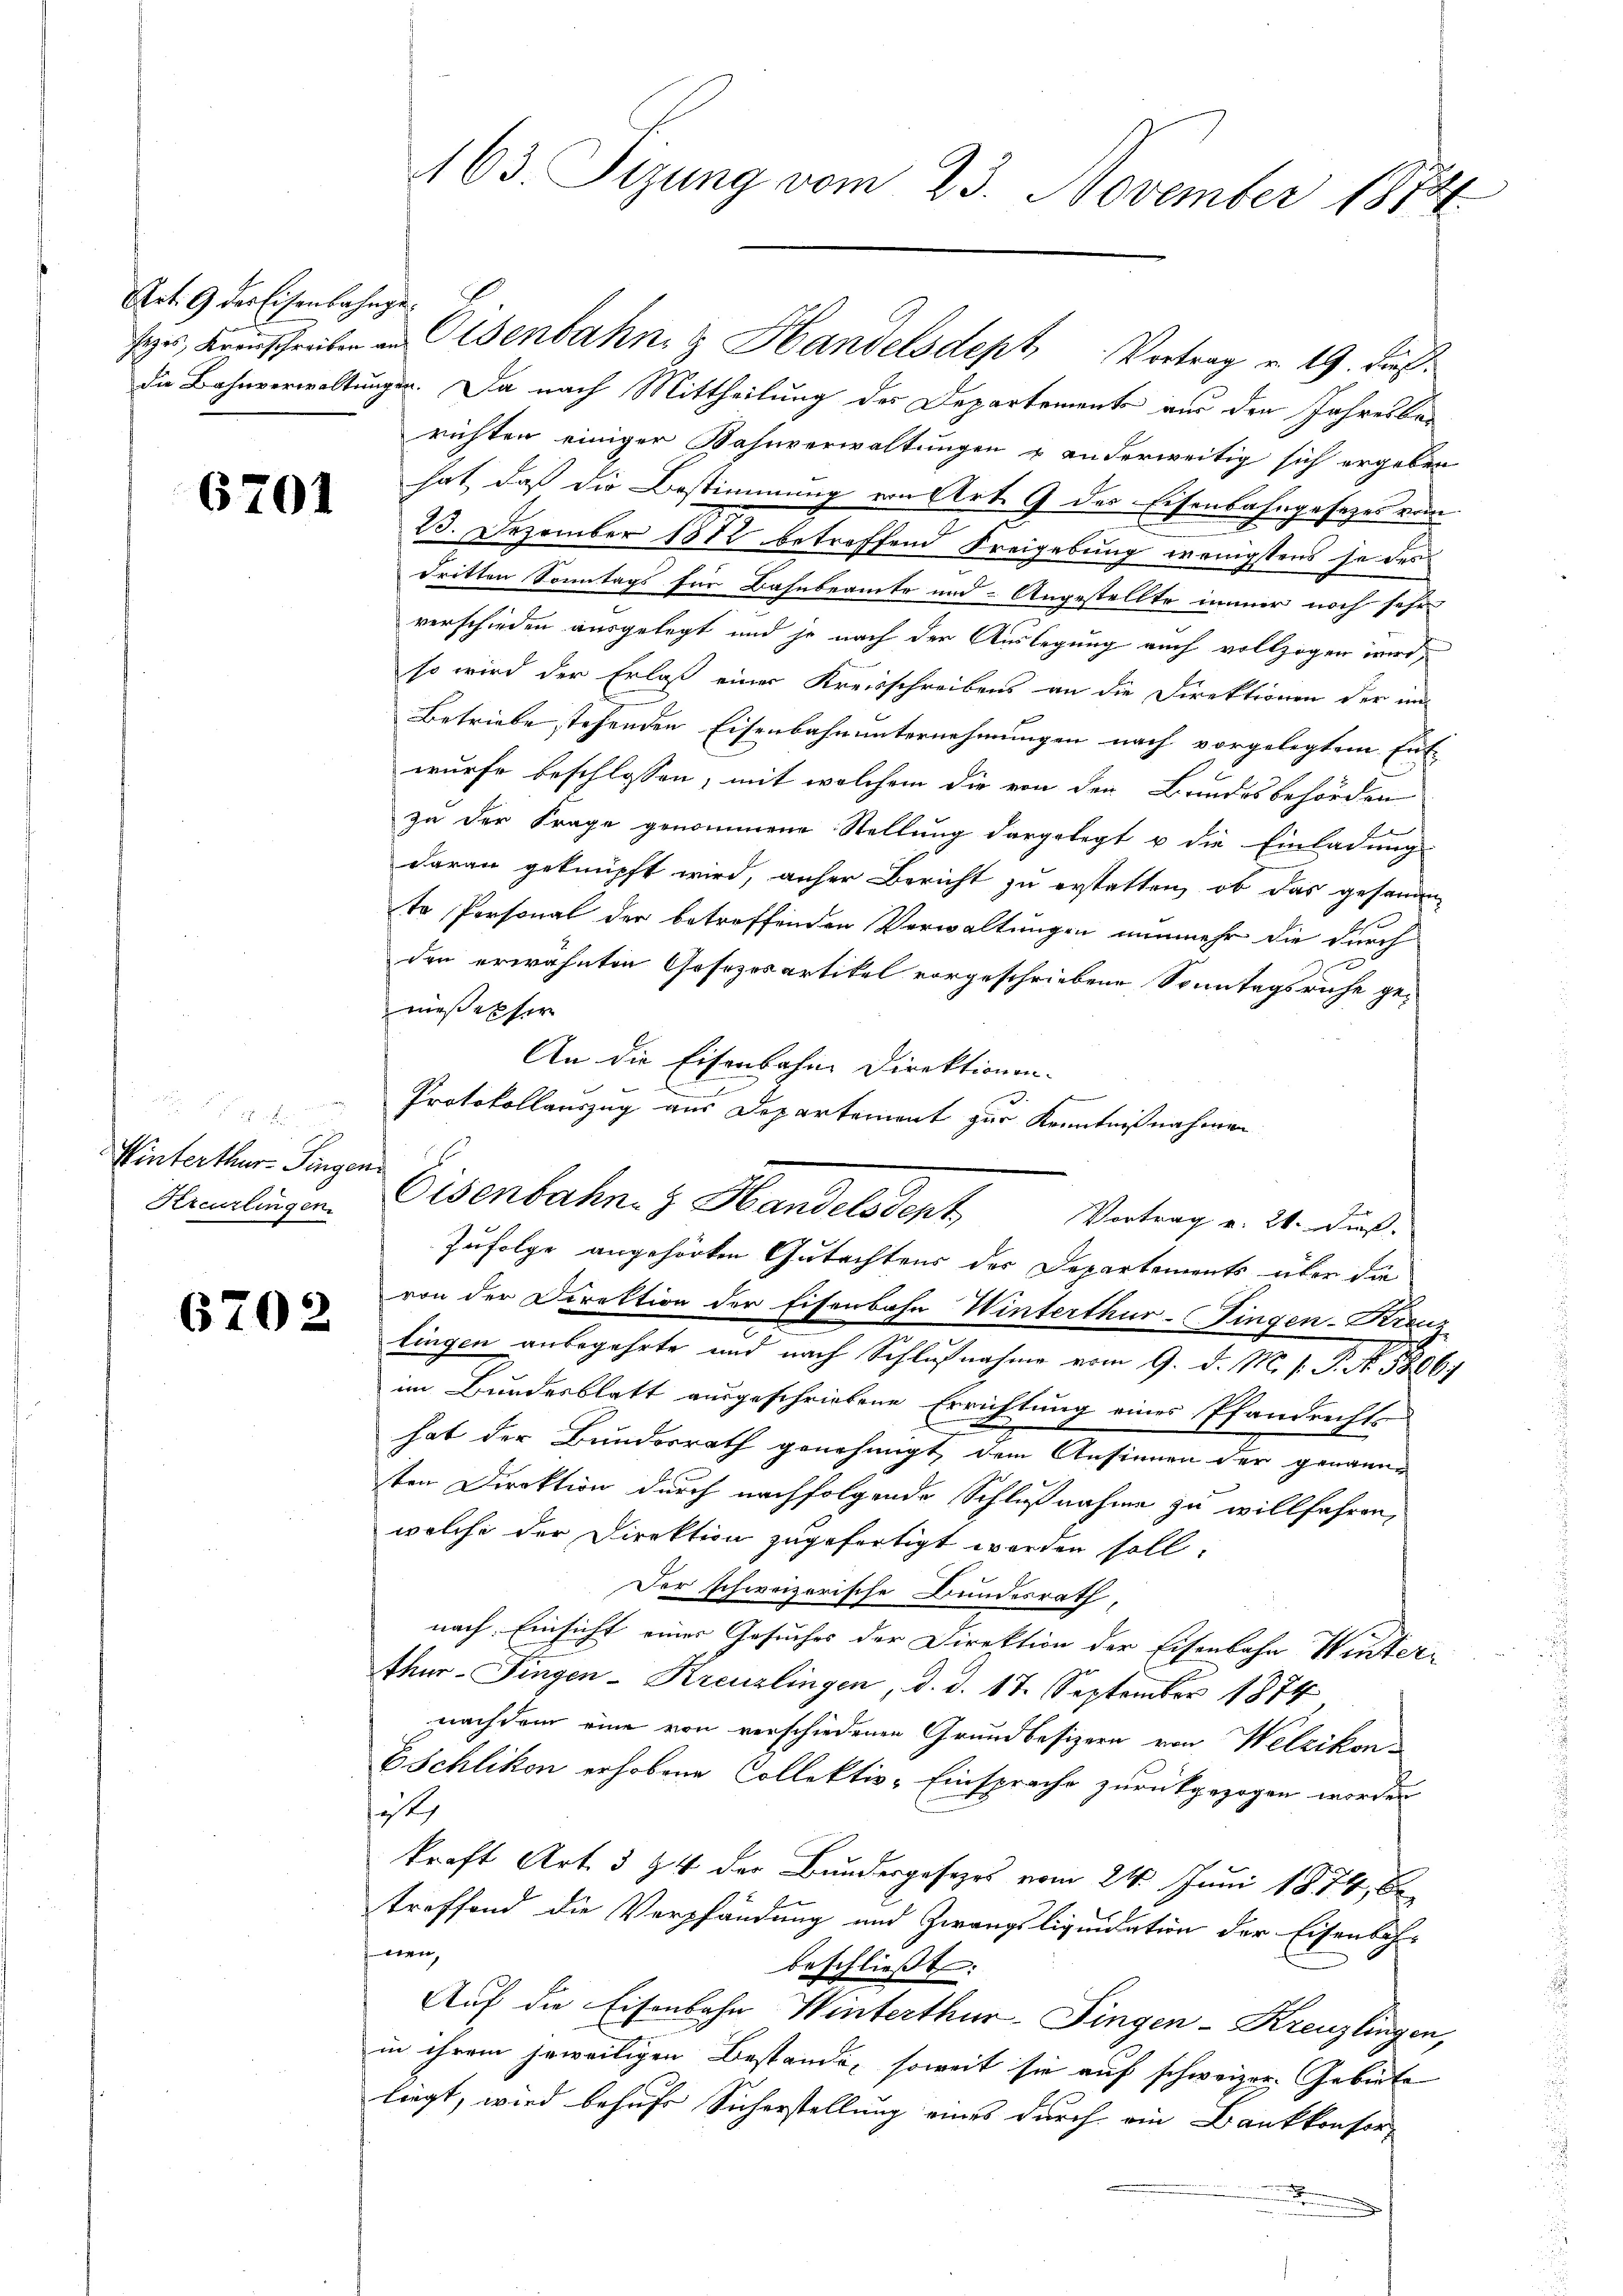
Art. 9 der Eisenbahnge¬

6701

un, den

Winterthur Sengen
Kreuzlingen.

6702

2
163. Tizung vom 23. November 1874

sees, Krauschreiben in Eisenbahn & Handelsdept Vortrag v. 19. dies
die Bahnverwaltungen. Da nach Mittheilung des Departements aus den Jahresber
richten einiger Bahnverwaltungen u anderweitig sich ergeben
hat, daß die Bestimmung von Art. 9 des Eisenbahngesetzes von
23. Dezember 1882 betreffend Freigebung wenigstens se des
dritten Sonntags für Bahnbeamte und - Angestellte immer noch sehr
verschieden ausgelegt und je nach der Auslegung auch vollzogen wird,
so wird der Erlaß einer Kreisschreibens an die Direktionen der im
Betriebe stehenden Eisenbahnunternehmungen nach vorgelegtem Ent-
wurfe beschlossen, mit welchem die von den Bundesbehörden
zu der Frage genommene Stellung dargelegt u die Einladung
daran geknüpft wird, anher Bericht zu erstatten, ob das gesanden
te Personal der betroffenden Verwaltungen nunmehr die durch
den erwähnten Gesezesartikel vorgeschriebene Sonntagsruhe gemiesesser
An die Eisenbahne Direktionen.
Protokollauszug aus Departement zur Kenntnißnahmen
Zufolge angehörten Gutachtens der Departements über die
von der Direktion der Eisenbahn Winterthur-Fingen-Kreuz
lingen anbegehrte und nach Schlußnahme vom 9. d. M. s. S. Nr. 1806
im Bundesblatt ausgeschriebene Errichtung eines Pfandrechts-
hat der Bundesrath genehmigt dem Ansinnen der genanne
ten Direktion durch nachfolgende Schlußnahme zu willfahren,
welche der Direktion zugefertigt worden soll.
Der schweizerische Bundesrath,
nach. Einsicht einer Gesuches der Direktion der Eisenbahn Winter-
e
thur. Fingen-Kreuzlingen, d. d. 17. September 1874,
nachdem eine von verschiedenen Grundbesizern von Welzikon¬
ESchlikon erhobene Collektiv-Einsprache zurückgezogen worden
sit
kraft Art. 3 & 4 der Bundergesezes vom 24. Juni 1874, betreffend die Verpfändung und Zwangsliquidation der Eisenbahwen,
beschließt:
Auf die Eisenbahn Winterthur-Fingen-Kreuzlingen,
in ihrem jeweiligen Bestände, soweit sie auf schweizer. Gebiete
liegt, wird behufe Sicherstellung eines durch ein Bankkonfor¬

Eisenbahn- & Handelsdent Vertrag v. 21. dieß